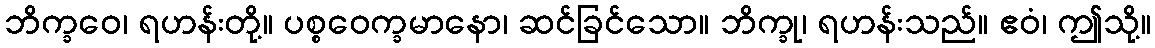
ဘိက္ခဝေ၊ ရဟန်းတို့။ ပစ္စဝေက္ခမာနော၊ ဆင်ခြင်သော။ ဘိက္ခု၊ ရဟန်းသည်။ ဧဝံ၊ ဤသို့။